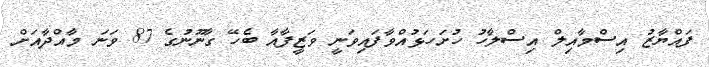
ފައްޔާޒު އިސްމާއިލް އިސްލާހު ހުށަހަޅުއްވާފައިވަނީ ވަޒީފާއާ ބެހޭ ގާނޫނުގެ 87 ވަނަ މާއްދާއަށް